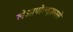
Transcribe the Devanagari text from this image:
लेओपोल्द्स्त्र्स्से